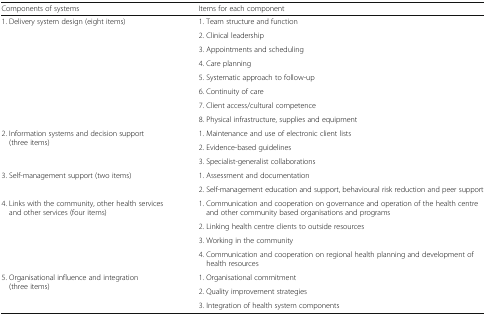
<table><thead><tr><td><b>Components of systems</b></td><td><b>Items for each component</b></td></tr></thead><tbody><tr><td rowspan="8">1. Delivery system design (eight items)</td><td>1. Team structure and function</td></tr><tr><td>2. Clinical leadership</td></tr><tr><td>3. Appointments and scheduling</td></tr><tr><td>4. Care planning</td></tr><tr><td>5. Systematic approach to follow-up</td></tr><tr><td>6. Continuity of care</td></tr><tr><td>7. Client access/cultural competence</td></tr><tr><td>8. Physical infrastructure, supplies and equipment</td></tr><tr><td rowspan="3">2. Information systems and decision support (three items)</td><td>1. Maintenance and use of electronic client lists</td></tr><tr><td>2. Evidence-based guidelines</td></tr><tr><td>3. Specialist-generalist collaborations</td></tr><tr><td rowspan="2">3. Self-management support (two items)</td><td>1. Assessment and documentation</td></tr><tr><td>2. Self-management education and support, behavioural risk reduction and peer support</td></tr><tr><td rowspan="4">4. Links with the community, other health services and other services (four items)</td><td>1. Communication and cooperation on governance and operation of the health centre and other community based organisations and programs</td></tr><tr><td>2. Linking health centre clients to outside resources</td></tr><tr><td>3. Working in the community</td></tr><tr><td>4. Communication and cooperation on regional health planning and development of health resources</td></tr><tr><td rowspan="3">5. Organisational influence and integration (three items)</td><td>1. Organisational commitment</td></tr><tr><td>2. Quality improvement strategies</td></tr><tr><td>3. Integration of health system components</td></tr></tbody></table>